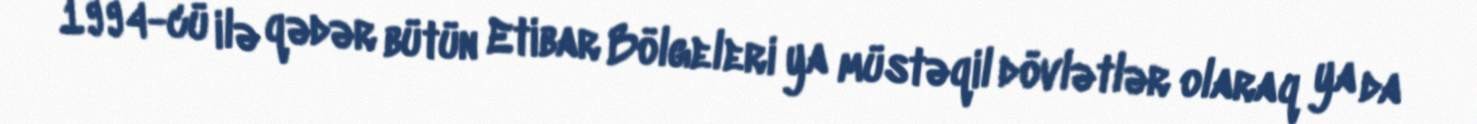
1994-cü ilə qədər bütün Etibar Bölgeleri ya müstəqil dövlətlər olaraq ya da